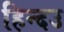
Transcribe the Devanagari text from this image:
हिन्दउ